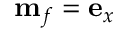
\mathbf { m } _ { f } = \mathbf { e } _ { x }